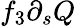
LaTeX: f_{3}\partial_{s}Q